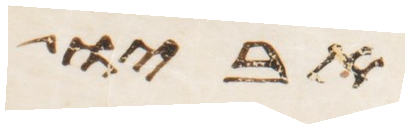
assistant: אביו